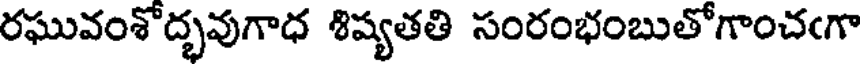
రఘువంశోద్భవుగాధ శిష్యతతి సంరంభంబుతోగాంచఁగా